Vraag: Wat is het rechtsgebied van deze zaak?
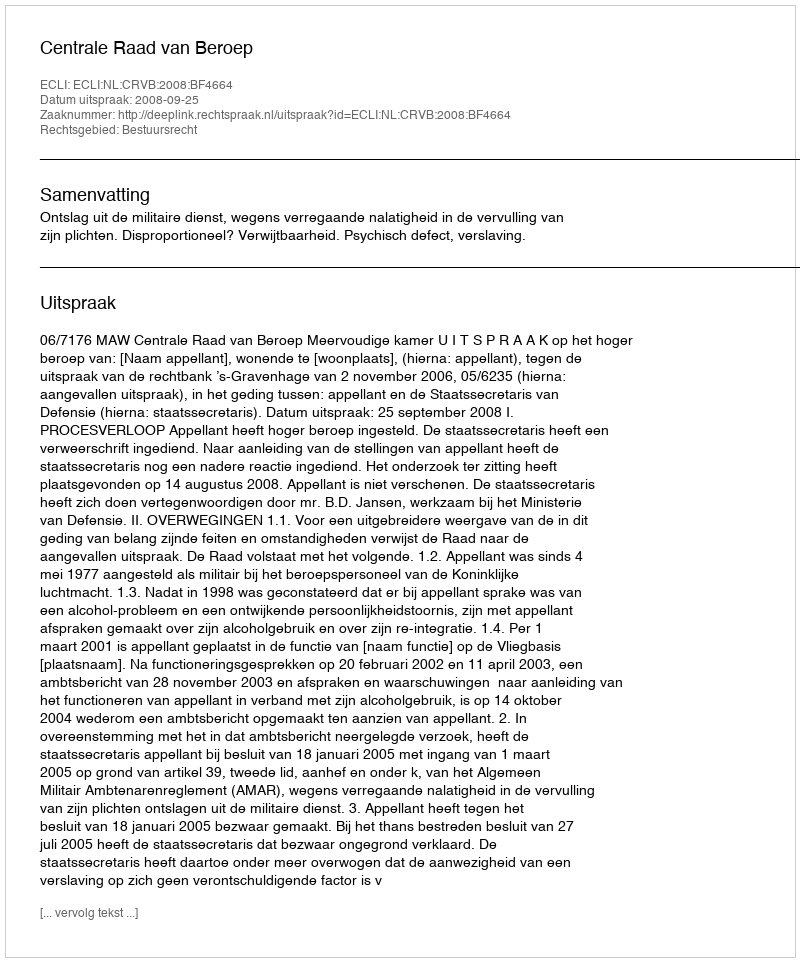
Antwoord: Bestuursrecht